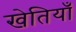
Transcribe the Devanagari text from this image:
खेतियाँ